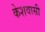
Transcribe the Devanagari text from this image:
केशवासी